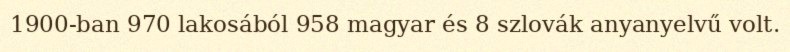
1900-ban 970 lakosából 958 magyar és 8 szlovák anyanyelvű volt.